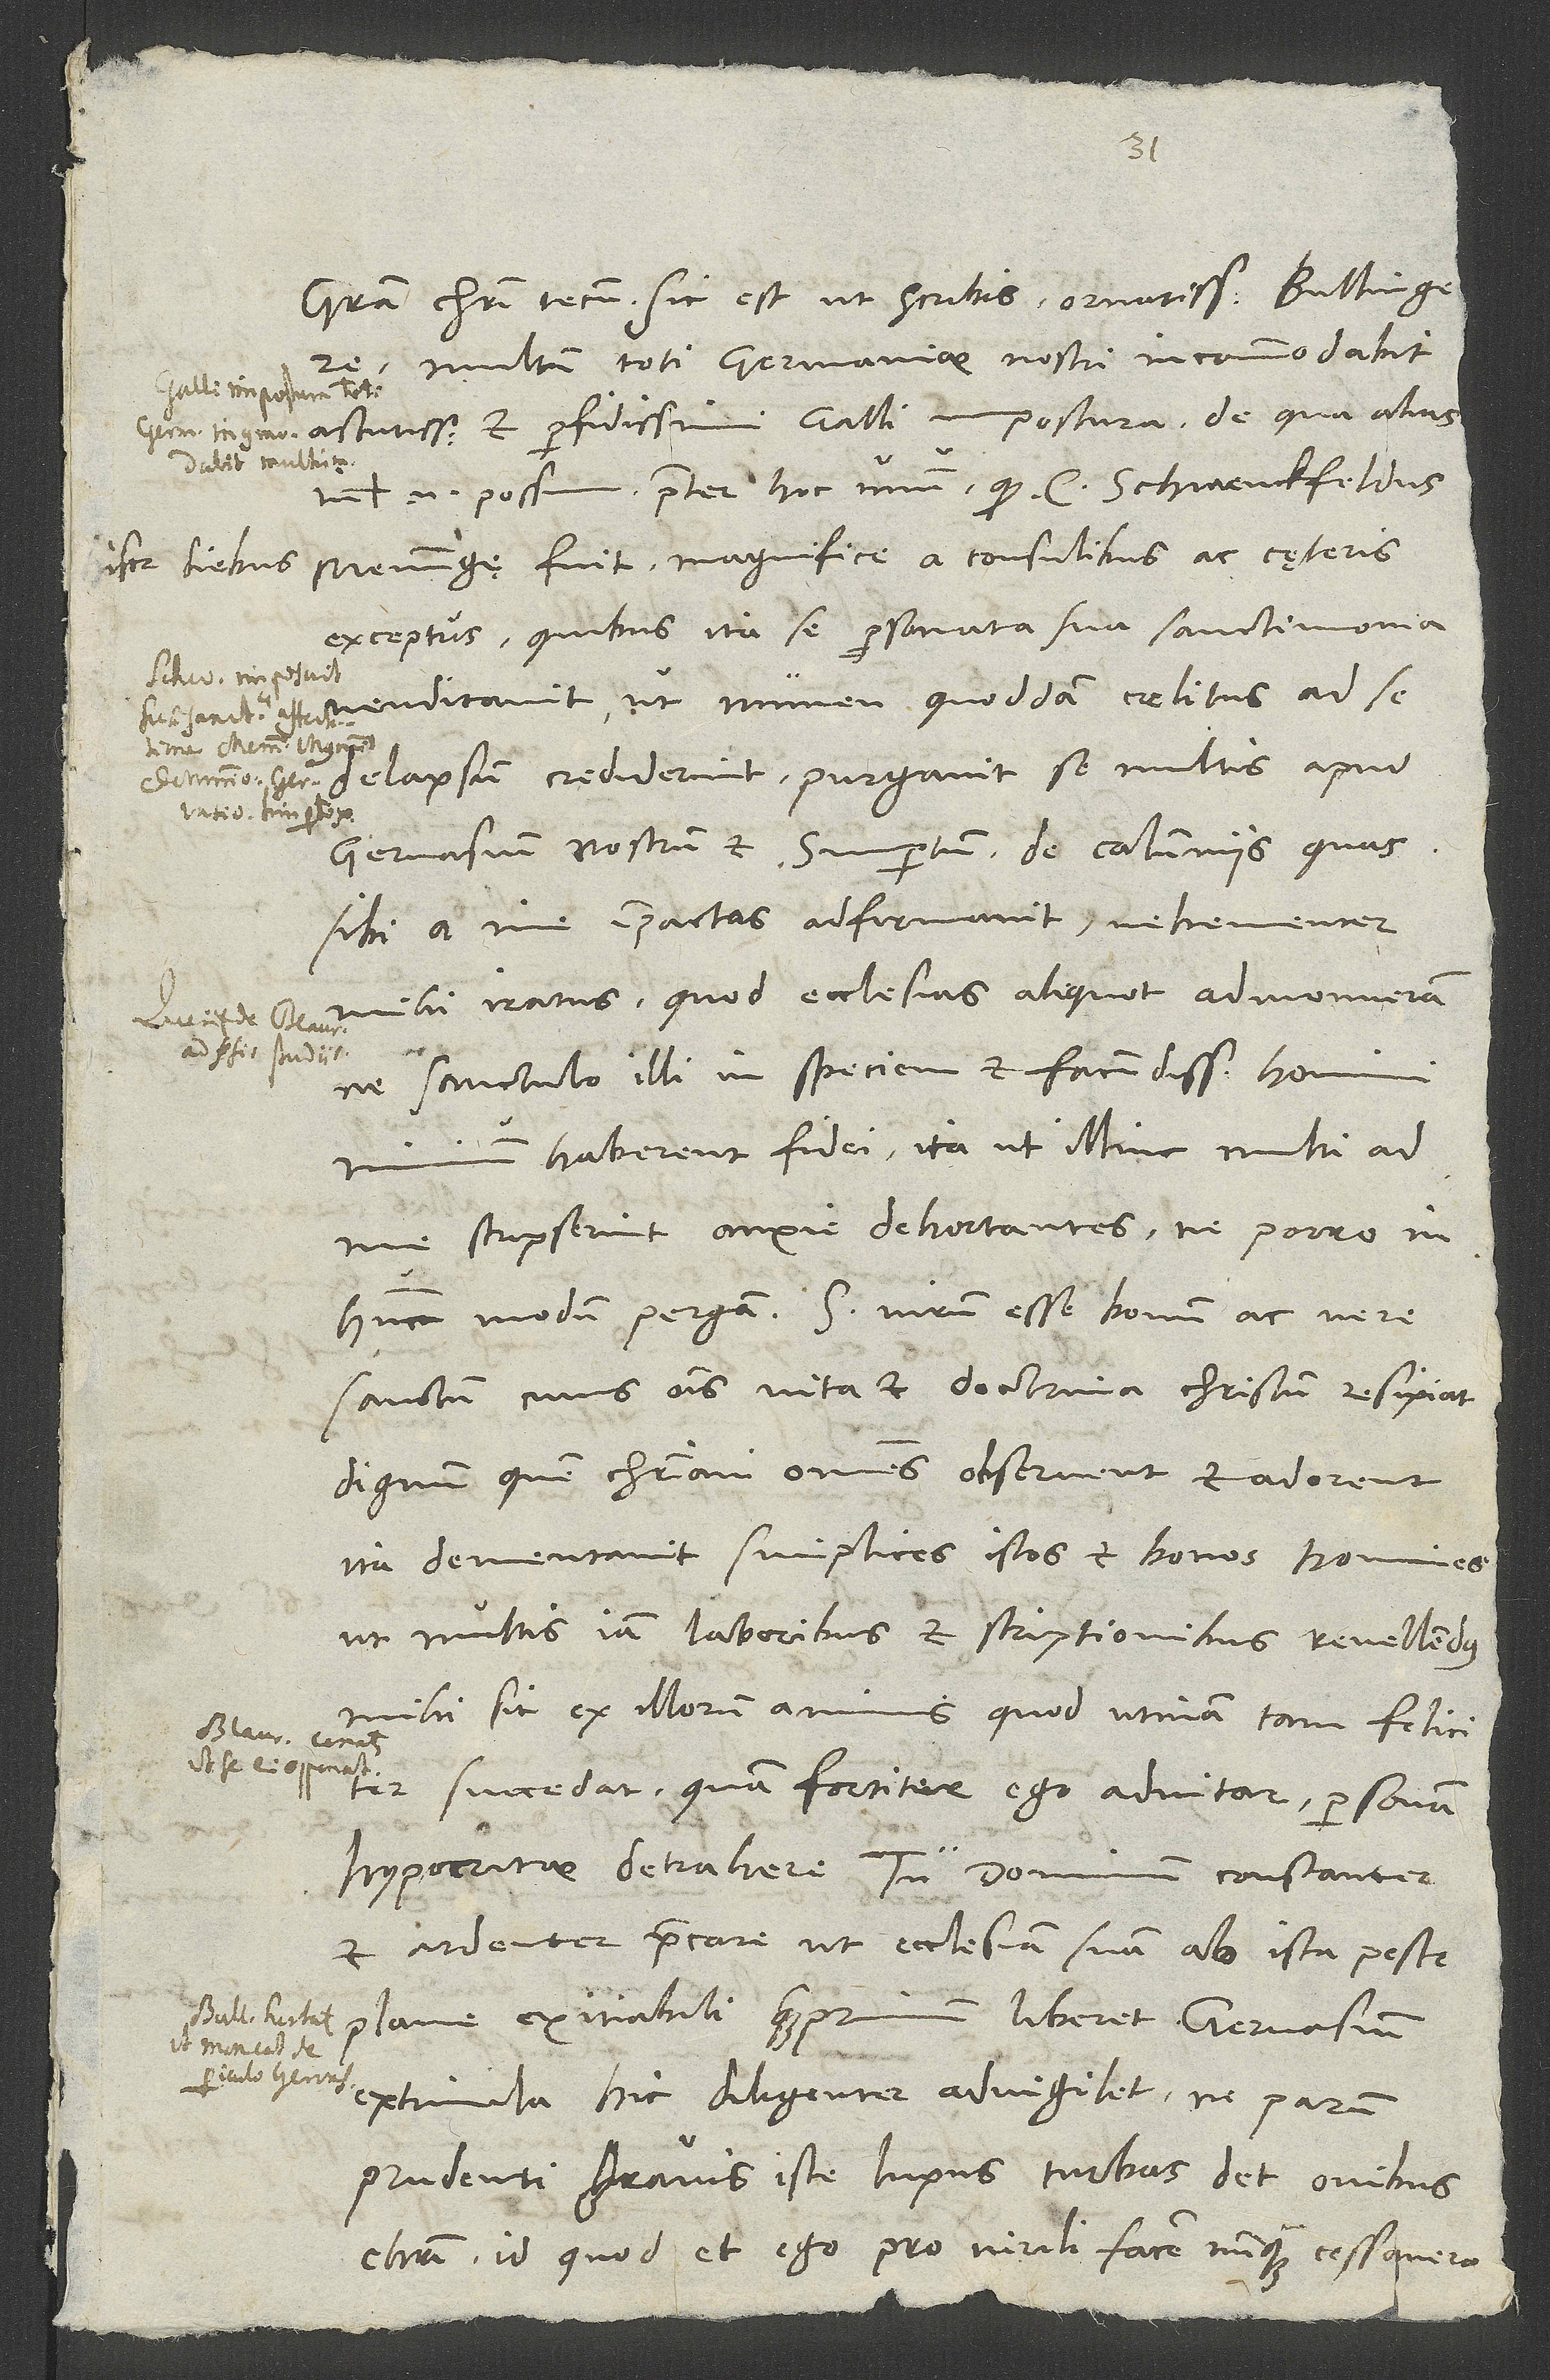
3.
Multum toti Germaniae nostri incommodabit
astutissimi et perfidissimi Galli impostura, de qua alias.
sanctum, cuius omnis vita et doctrina Christum resipiat,
dignum, quem christiani omnes observent et adorent.
Ita dementavit simplices istos et bonos homines,
ut multis iam laboribus et scriptionibus revellendus
mihi sit ex illorum animis. Quod utinam tam feliciter
succedat, quam fortiter ego adnitar personam
hypocritae detrahere. Tu dominum constanter
et ardenter praecare, ut ecclesiam suam ab ista peste
plane exitiabili quam primum liberet. Gervasium
extimula, hic diligenter advigilet, ne parum
prudenti gravis iste lupus turbas det ovibus
Christi, id quod et ego pro virili facere nunquam cessavero.